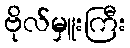
ဗိုလ်မှူးကြီး